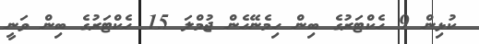
ކުޅިން 9 ހެކްޓަރުގެ ބިން ހިމެނޭހެން ޖުމްލަ 15 ހެކްޓަރުގެ ބިން ވަނީ